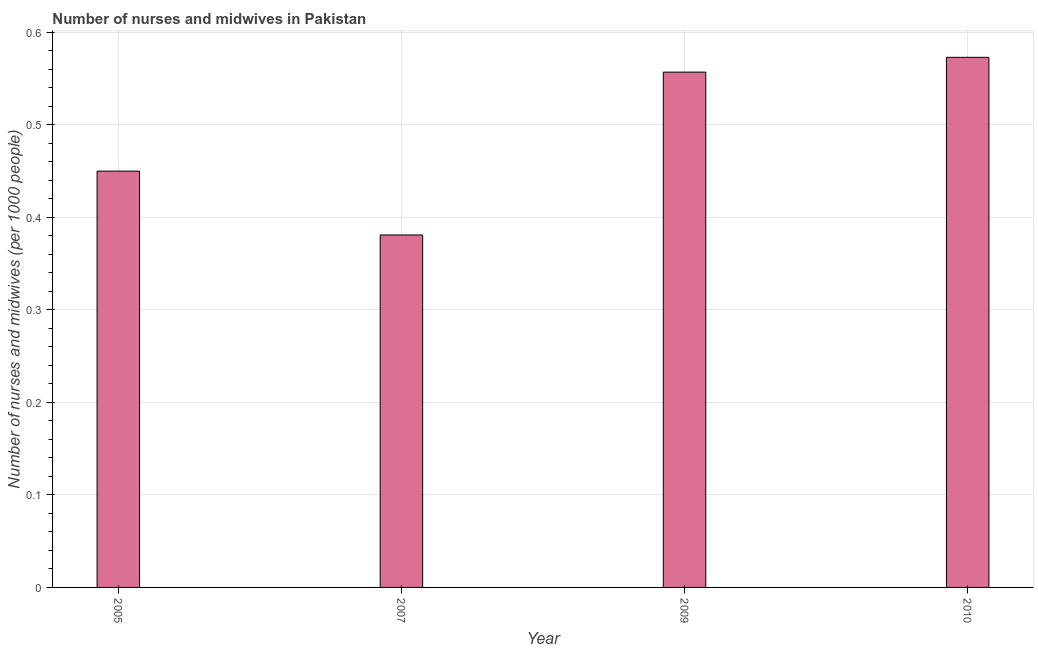
| Year | Nurses and midwives |
 | --- | --- |
 | 2005 | 0.45 |
 | 2007 | 0.381 |
 | 2009 | 0.557 |
 | 2010 | 0.573 |